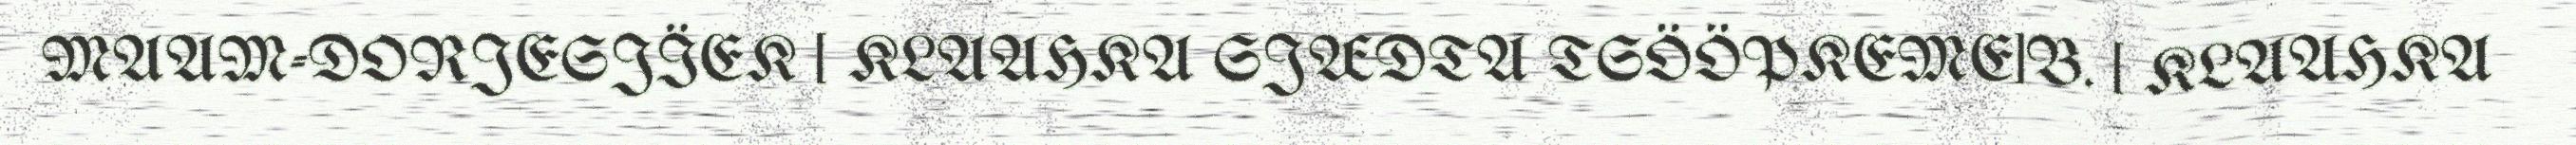
MAAM-DORJESJÏEK [ KLAAHKA SJÆDTA TSÖÖPKEME]B. [ KLAAHKA